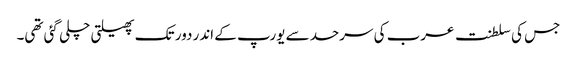
جس کی سلطنت عرب کی سرحد سے یورپ کے اندر دور تک پھیلتی چلی گئی تھی۔